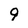
Character: 9